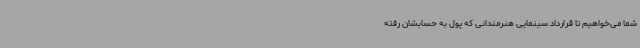
شما می‌خواهیم تا قرارداد سینمایی هنرمندانی که پول به حسابشان رفته